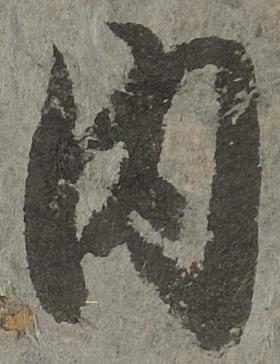
内